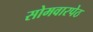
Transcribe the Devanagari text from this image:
सोमवारपेठ